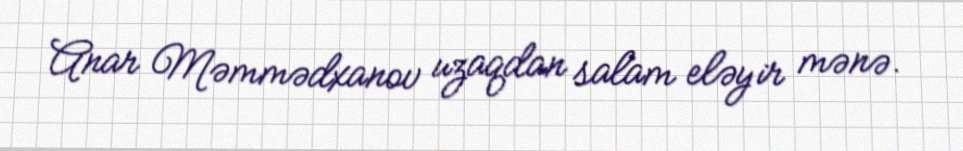
Anar Məmmədxanov uzaqdan salam eləyir mənə.